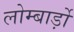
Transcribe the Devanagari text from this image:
लोम्बार्ड़ो